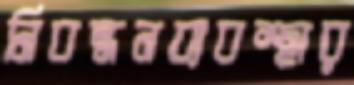
নিবন্ধনব্যবস্থার